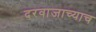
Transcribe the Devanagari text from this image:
दरवाजाच्याच